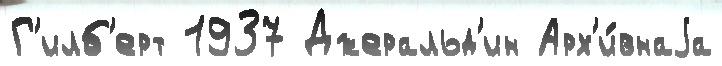
Г'илб'ерт 1937 Джеральд'ин Арх'и́внаjа